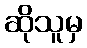
ဆိုသူမှ